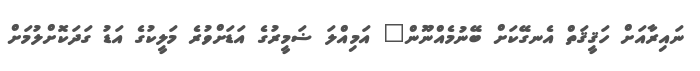
ނައިރާއަށް ހަޤީޤަތް އެނގޭކަށް ބޭނުމެއްނޫން" އަމިއްލަ ޟަމީރުގެ އަޑަށްވުރެ މަލީކުގެ އަޑު ގަދަކޮށްލުމަށް